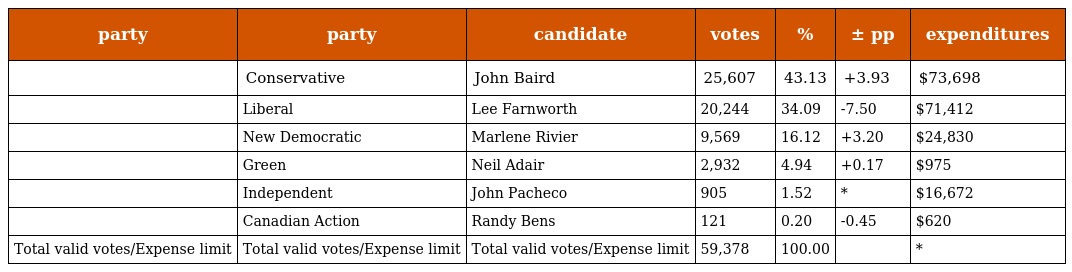
| party | party | candidate | votes | % | ± pp | expenditures |
 | --- | --- | --- | --- | --- | --- | --- |
 |  | Conservative | John Baird | 25,607 | 43.13 | +3.93 | $73,698 |
 |  | Liberal | Lee Farnworth | 20,244 | 34.09 | -7.50 | $71,412 |
 |  | New Democratic | Marlene Rivier | 9,569 | 16.12 | +3.20 | $24,830 |
 |  | Green | Neil Adair | 2,932 | 4.94 | +0.17 | $975 |
 |  | Independent | John Pacheco | 905 | 1.52 | * | $16,672 |
 |  | Canadian Action | Randy Bens | 121 | 0.20 | -0.45 | $620 |
 | Total valid votes/Expense limit | Total valid votes/Expense limit | Total valid votes/Expense limit | 59,378 | 100.00 |  | * |